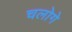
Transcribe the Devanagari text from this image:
चलोगे